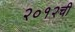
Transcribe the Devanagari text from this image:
२०१२ची